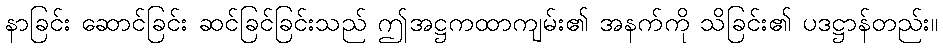
နာခြင်း ဆောင်ခြင်း ဆင်ခြင်ခြင်းသည် ဤအဋ္ဌကထာကျမ်း၏ အနက်ကို သိခြင်း၏ ပဒဋ္ဌာန်တည်း။